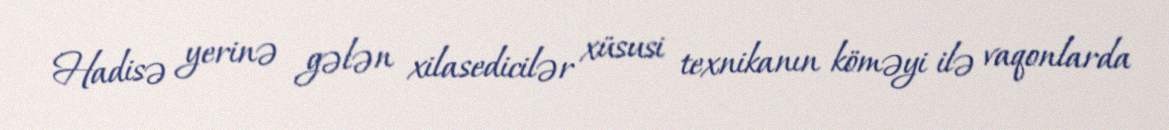
Hadisə yerinə gələn xilasedicilər xüsusi texnikanın köməyi ilə vaqonlarda